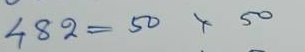
482 = 50 x 50